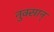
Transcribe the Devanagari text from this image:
नुक्सान्